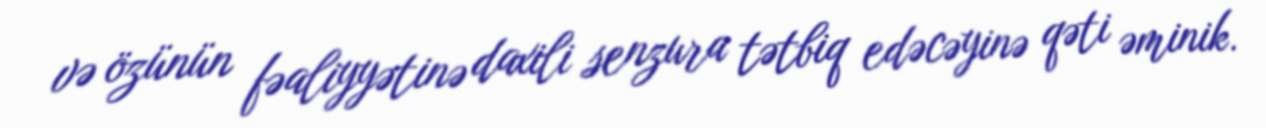
və özünün fəaliyyətinə daxili senzura tətbiq edəcəyinə qəti əminik.